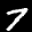
Label: 7